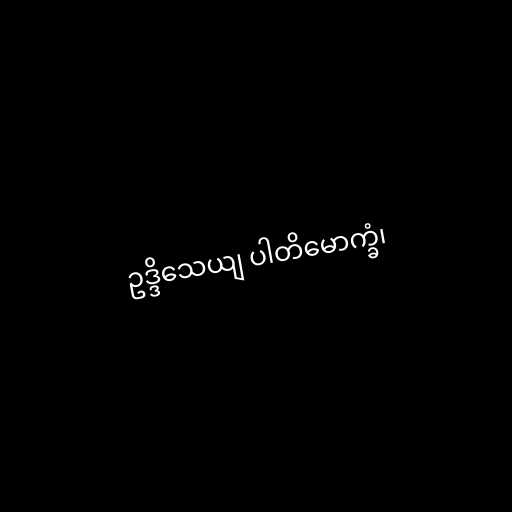
ဥဒ္ဒိသေယျ ပါတိမောက္ခံ၊